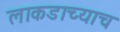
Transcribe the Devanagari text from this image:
लाकडाच्याच